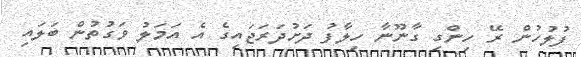
ފުލުހުން ރޭ ހިންގި ގާނޫނާ ހިލާފު ދަށުދަރަޖައިގެ އެ އަމަލު ވަގުތުން ބަލައި